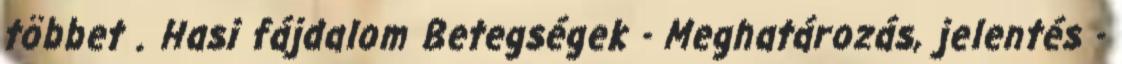
többet . Hasi fájdalom Betegségek - Meghatározás, jelentés -